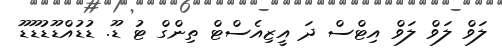
ލަވް ލަވް ލަވް އިޓްސް ދަ އީޒިއެސްޓް ތިންގް ޓު ޑޫ. ޑުޑުއްޑޫޑުޑޫޑޫ